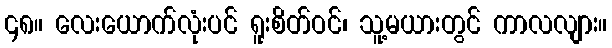
၄၈။ လေးယောက်လုံးပင် ရူးစိတ်ဝင်၊ သူ့မယားတွင် ကာလလျား။